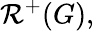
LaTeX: {\mathcal{R}}^{+}(G),